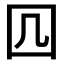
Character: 𭍚